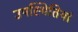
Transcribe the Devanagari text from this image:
उपस्थितियां